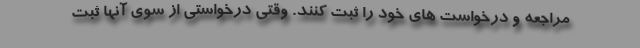
مراجعه و درخواست های خود را ثبت کنند. وقتی درخواستی از سوی آنها ثبت